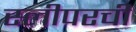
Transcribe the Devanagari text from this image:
स्लीपरची